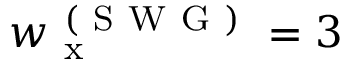
w _ { \mathrm { ~ x ~ } } ^ { \mathrm { ~ ( ~ S ~ W ~ G ~ ) ~ } } = 3